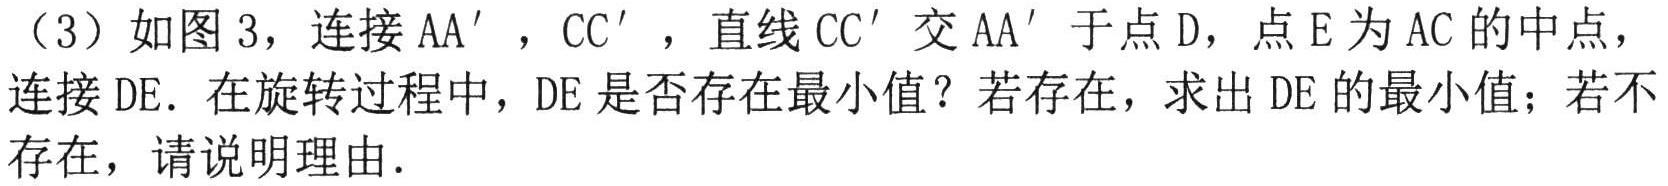
（3）如图 3，连接 \(AA'\)，\(CC'\)，直线 \(CC'\) 交 \(AA'\) 于点 \(D\)，点 \(E\) 为 \(AC\) 的中点，连接 \(DE\)．在旋转过程中，\(DE\) 是否存在最小值？若存在，求出 \(DE\) 的最小值；若不存在，请说明理由．